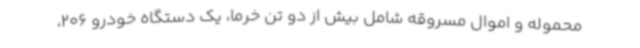
محموله و اموال مسروقه شامل بیش از دو تن خرما، یک دستگاه خودرو 206،